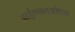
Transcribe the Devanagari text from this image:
आईएक्सओएस